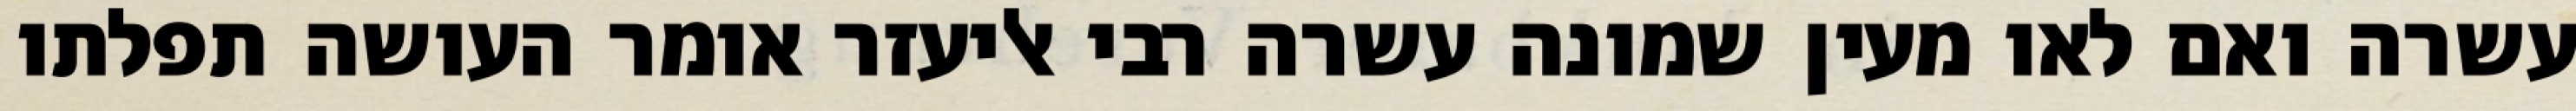
עשרה ואם לאו מעין שמונה עשרה רבי אליעזר אומר העושה תפלתו